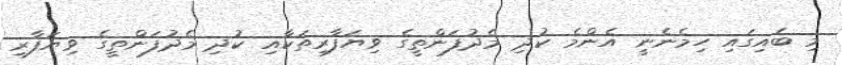
މި ބައިގައި ހިމެނެނީ އެންމެ ކުދި މެދުފަންތީގެ ވިޔަފާރިތަކާއި ކުދި މެދުފަންތީގެ ވިޔަފާރި